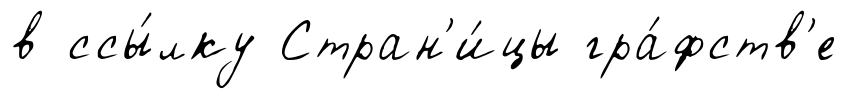
в ссы́лку Стран'и́цы гра́фств'е